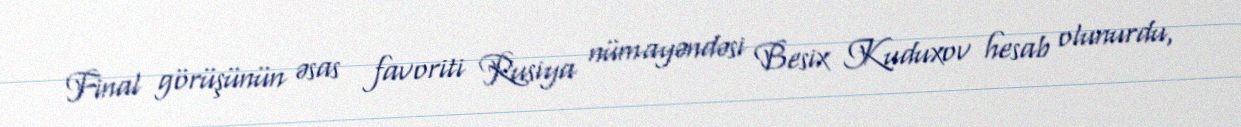
Final görüşünün əsas favoriti Rusiya nümayəndəsi Besix Kuduxov hesab olunurdu,